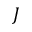
J